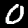
Label: 0